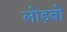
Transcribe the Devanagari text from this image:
लोड़बो